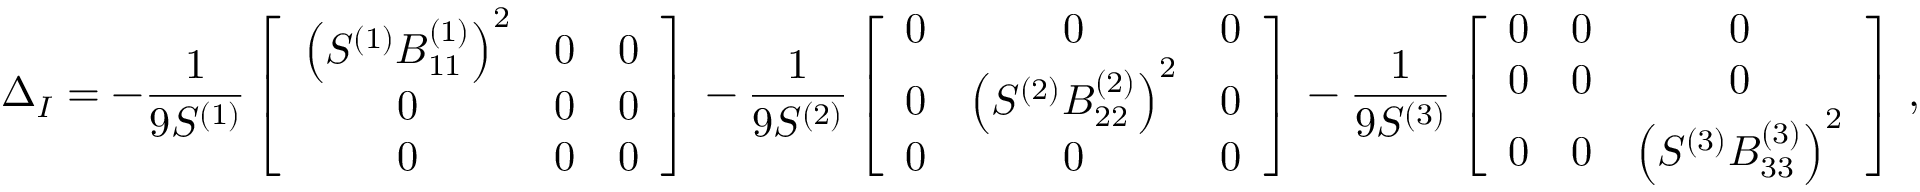
\Delta _ { I } = - \frac { 1 } { 9 S ^ { ( 1 ) } } \left[ \begin{array} { c c c } { \left( S ^ { ( 1 ) } B _ { 1 1 } ^ { ( 1 ) } \right) ^ { 2 } } & { 0 } & { 0 } \\ { 0 } & { 0 } & { 0 } \\ { 0 } & { 0 } & { 0 } \end{array} \right] \, - \frac { 1 } { 9 S ^ { ( 2 ) } } \left[ \begin{array} { c c c } { 0 } & { 0 } & { 0 } \\ { 0 } & { \left( S ^ { ( 2 ) } B _ { 2 2 } ^ { ( 2 ) } \right) ^ { 2 } } & { 0 } \\ { 0 } & { 0 } & { 0 } \end{array} \right] \, - \frac { 1 } { 9 S ^ { ( 3 ) } } \left[ \begin{array} { c c c } { 0 } & { 0 } & { 0 } \\ { 0 } & { 0 } & { 0 } \\ { 0 } & { 0 } & { \left( S ^ { ( 3 ) } B _ { 3 3 } ^ { ( 3 ) } \right) ^ { 2 } } \end{array} \right] \, ,